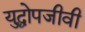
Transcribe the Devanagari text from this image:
युद्धोपजीवी